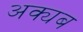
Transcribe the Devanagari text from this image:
अक्यब